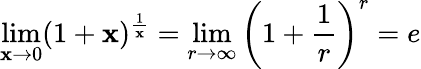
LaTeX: \operatorname*{lim}_{\mathbf{x}\to0}(1+\mathbf{x})^{\frac{{1}}{{\mathbf{x}}}}=\operatorname*{lim}_{r\to\infty}\left(1+{\frac{{1}}{{r}}}\right)^{r}=e